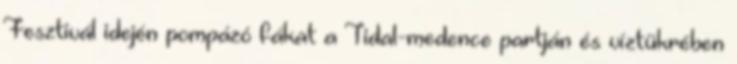
Fesztivál idején pompázó fákat a Tidal-medence partján és víztükrében